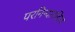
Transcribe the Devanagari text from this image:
परनिन्दाराहित्य